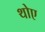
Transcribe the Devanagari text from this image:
थोए